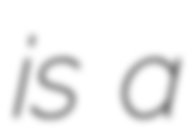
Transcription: is a